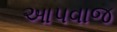
આપવાજ